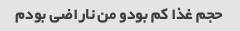
حجم غذا کم بودو من ناراضی بودم